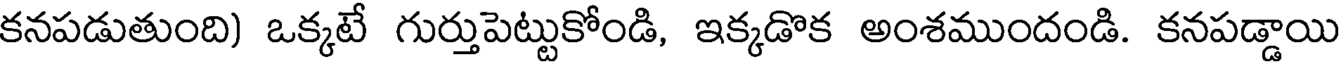
కనపడుతుంది) ఒక్కటే గుర్తుపెట్టుకోండి, ఇక్కడొక అంశముందండి. కనపడ్డాయి